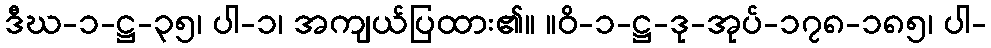
ဒီဃ-၁-ဋ္ဌ-၃၅၊ ပါ-၁၊ အကျယ်ပြထား၏။ ။ဝိ-၁-ဋ္ဌ-ဒု-အုပ်-၁၇၈-၁၈၅၊ ပါ-